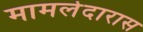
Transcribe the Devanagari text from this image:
मामलेदारास